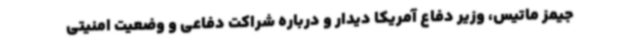
جیمز ماتیس، وزیر دفاع آمریکا دیدار و درباره شراکت دفاعی و وضعیت امنیتی